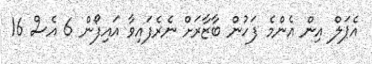
އެޕަލް އިން އެންމެ ފަހުން ބާޒާރަށް ނެރެފައިވާ އައިފޯން 6 އެސް 16